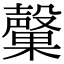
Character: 𭯃